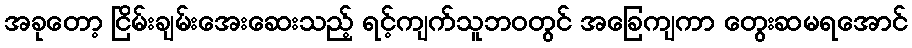
အခုတော့ ငြိမ်းချမ်းအေးဆေးသည့် ရင့်ကျက်သူဘဝတွင် အခြေကျကာ တွေးဆမရအောင်